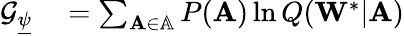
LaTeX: \begin{array}{rl}{\mathcal{G}_{\underline{{\psi}}}}&{{}=\sum_{\mathbf{A}\in\mathbb{A}}P(\mathbf{A})\ln Q(\mathbf{W}^{*}|\mathbf{A})}\end{array}